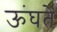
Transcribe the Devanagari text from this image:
ऊंघते